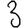
Digit: 3